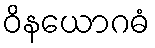
ဝိနယောဂဓံ